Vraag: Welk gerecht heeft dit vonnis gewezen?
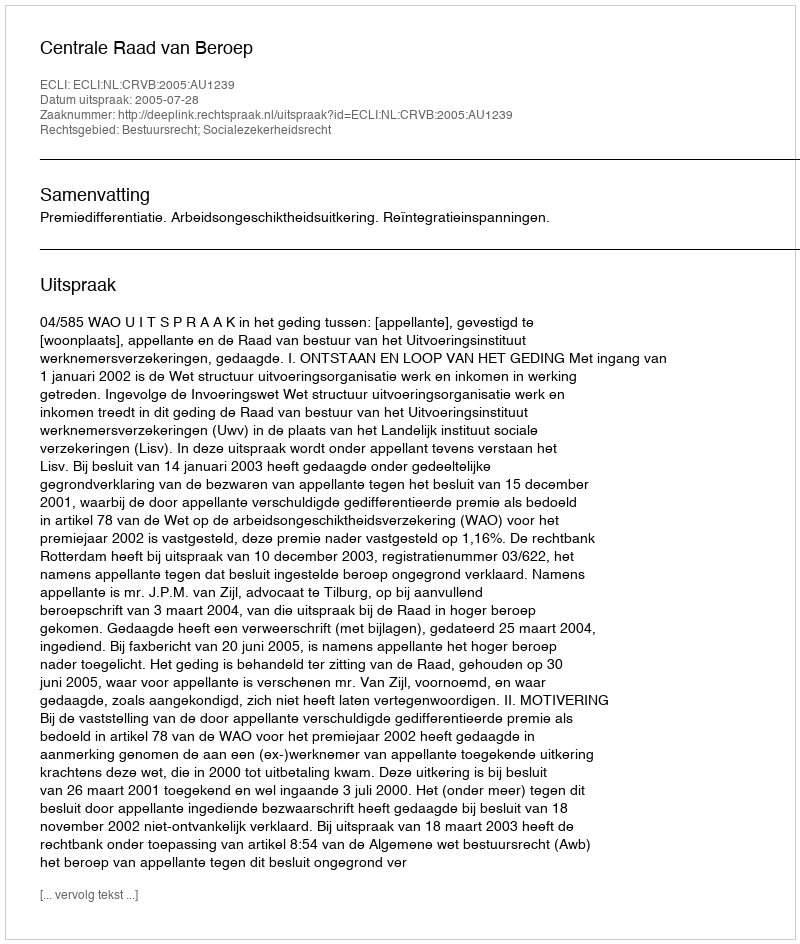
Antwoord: Centrale Raad van Beroep